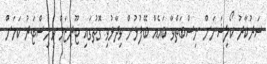
ސަރުކާރު ކޯލިޝަނަށް ނިސްބަތްވާ ބައެއް ބޭފުޅުން ވިދާޅުވި ގޮތުގައި ޓޫރިޒަމް މިނިސްޓަރު ކަމަށް